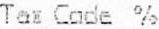
TAX CODE %